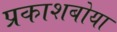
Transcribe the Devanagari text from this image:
प्रकाशबोया